65_HS1-834228961_62-HQ-83894_Section_4
Agency: FBI
Page 104
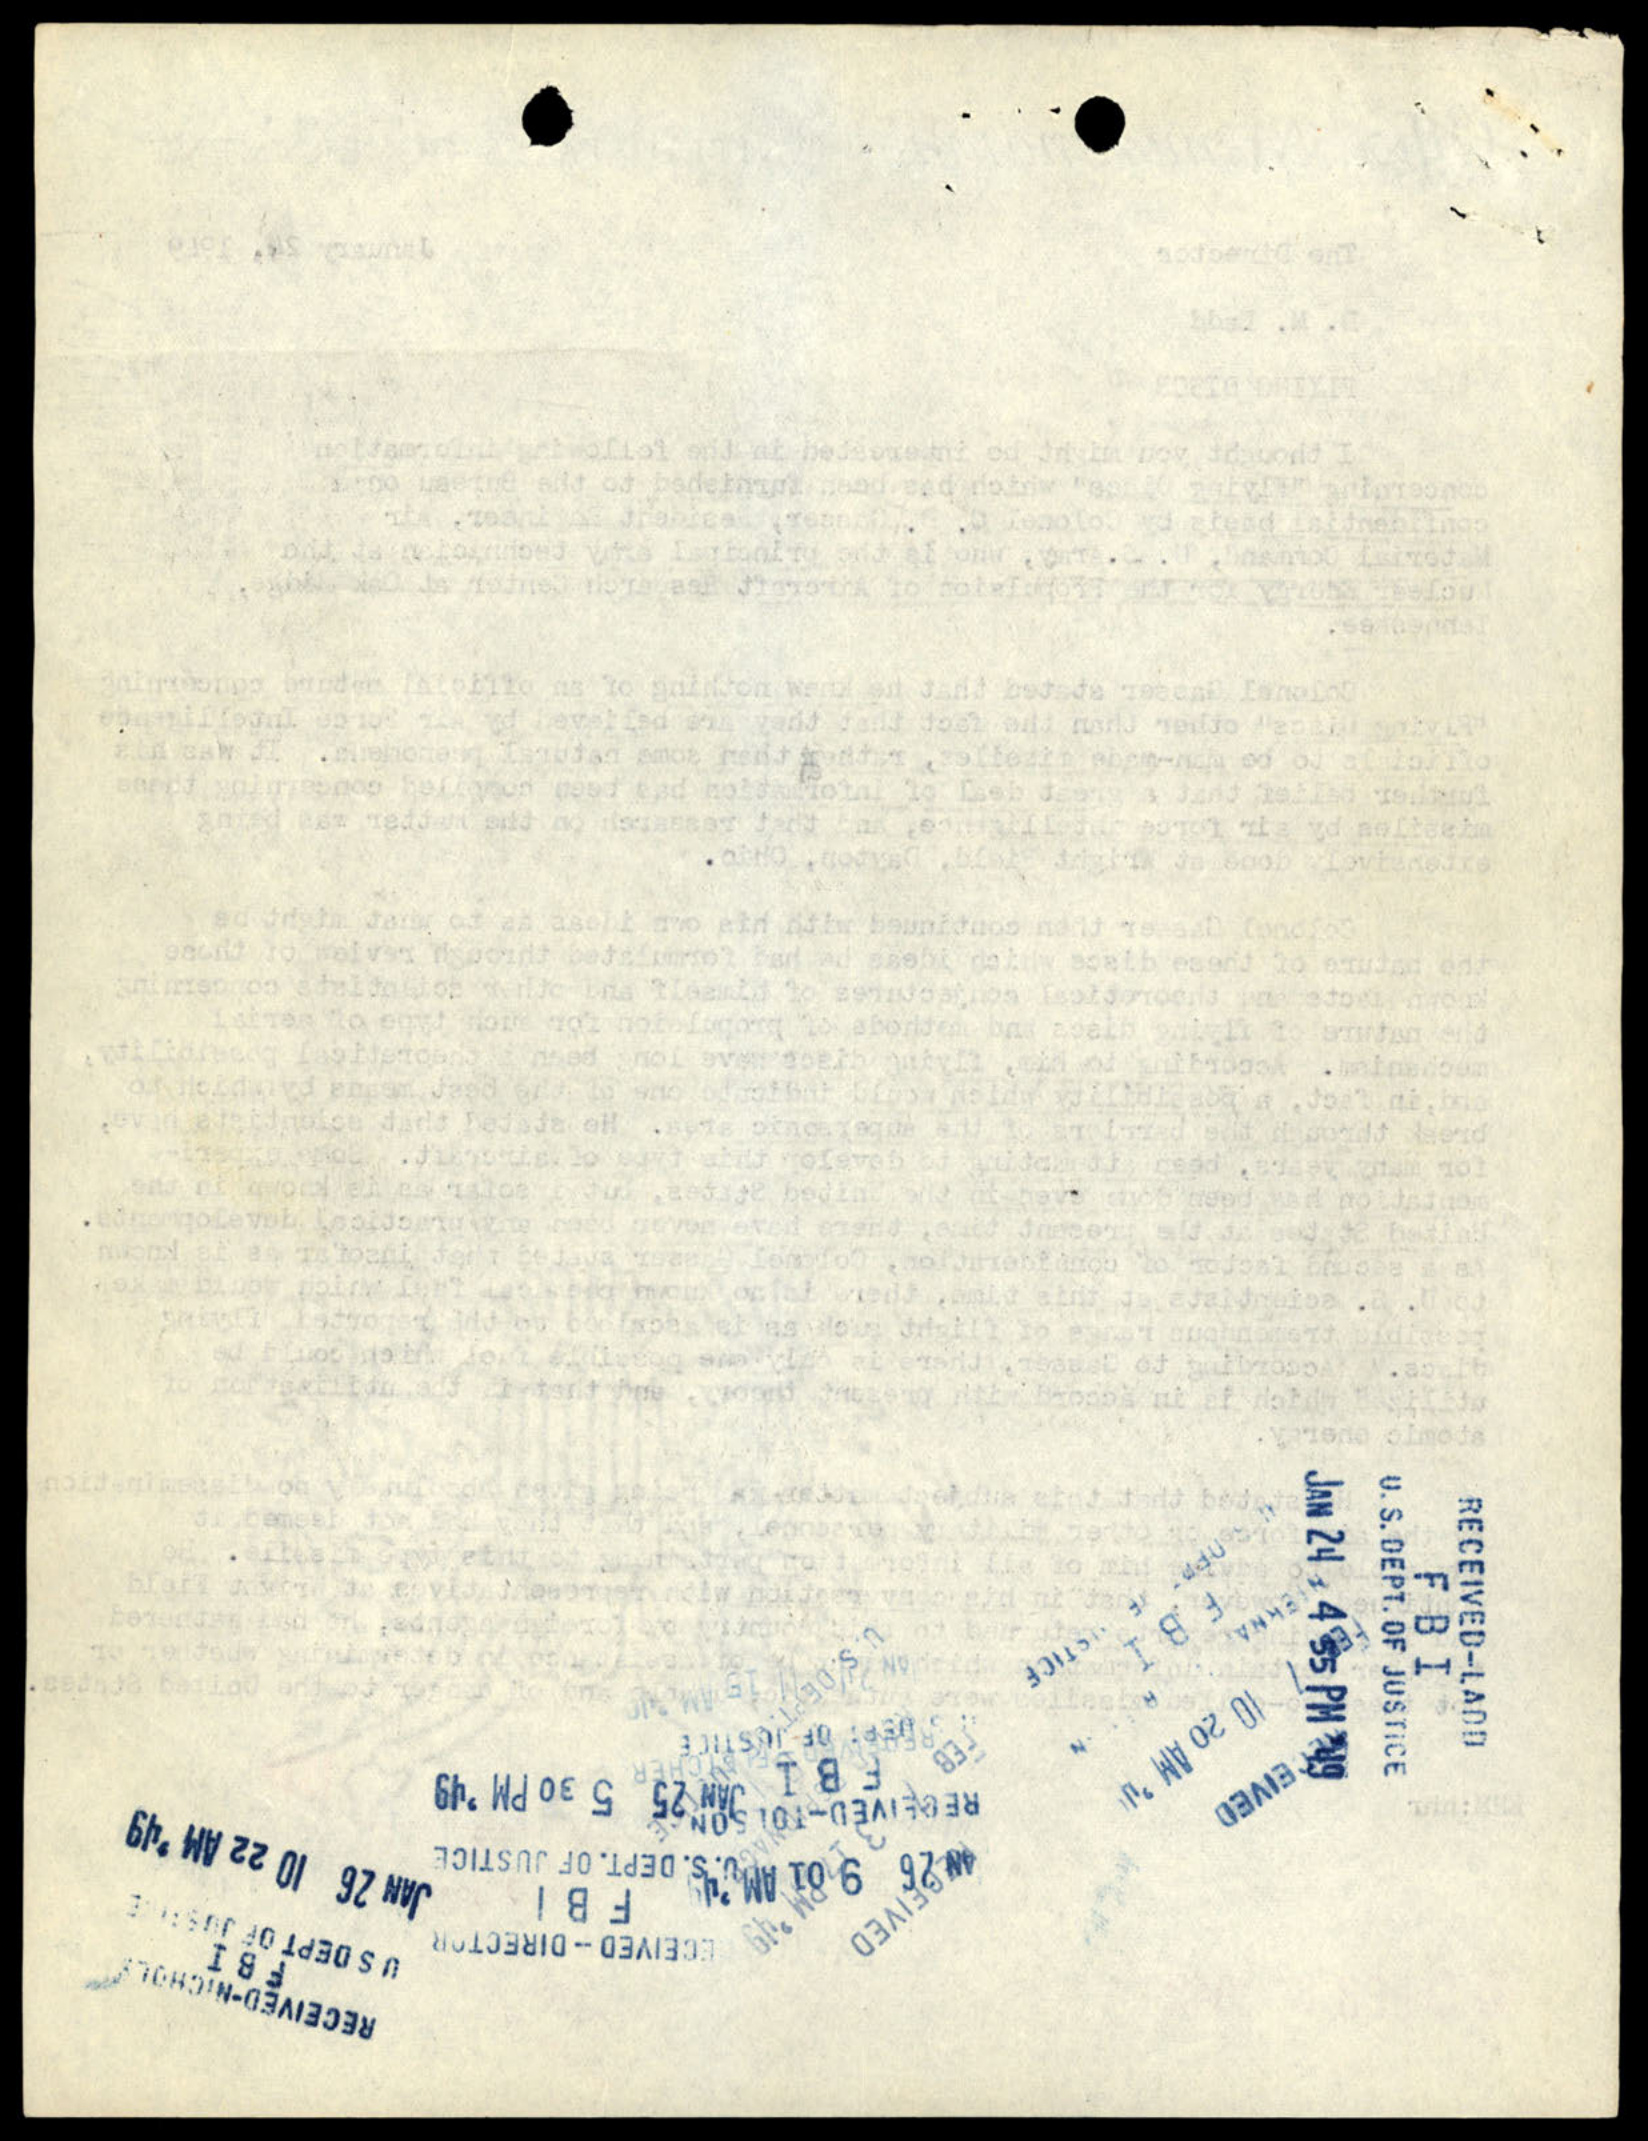